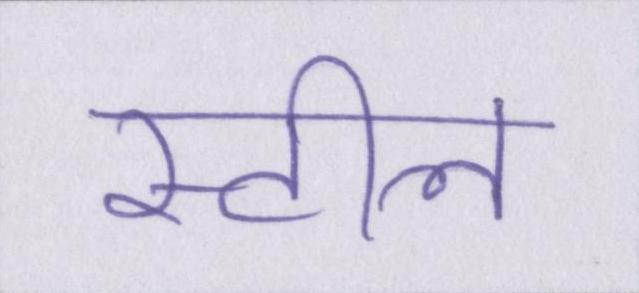
स्टील